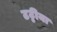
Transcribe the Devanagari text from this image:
टट्टीया